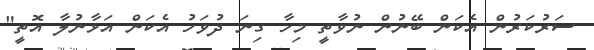
ސަރުކަރުން އެކަން ބޭނުން ނުވާތީ މިހާ ގިނަ ދުވަހު އެކަން އަޅާނުލާ އޮތީ"